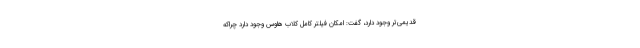
قدیمی‌تر وجود دارد، گفت: امکان فیلتر کامل کلاب هاوس وجود دارد چراکه